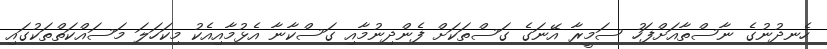
ހެނދުނުގެ ނާސްތާއަށްފަހު ސަމީރާ އޭނަގެ ގަސްތަކަށް ފެންދިނުމާއި ގަސްކާނާ އެޅުމާއިއެކު މިކަހަލަ މަސައްކަތްތަކުގައި